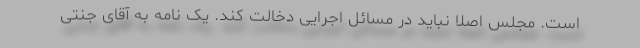
است. مجلس اصلا نباید در مسائل اجرایی دخالت کند. یک نامه به آقای جنتی